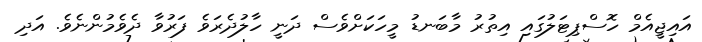
އައިޖީއެމް ހޮސްޕިިޓަލުގައި އިތުރު މާބަނޑު މީހަކަށްވެސް ދަނީ ހާލުދެރަވެ ފަރުވާ ދެވެމުންނެވެ. އަދި